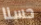
حسنا